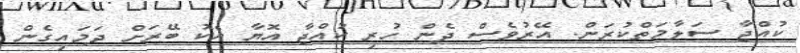
ކުއްޖާ ސަލާމަތްކުރަން. އޭރުވެސް ދެން ހުރި ކުއްޖާ އޮޔާ އެކު ބޭރަށް ދަމައިގެން